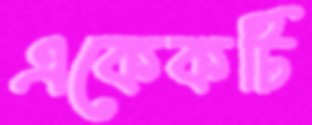
একেকটি